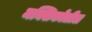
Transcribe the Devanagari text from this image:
मक्सिकोतील